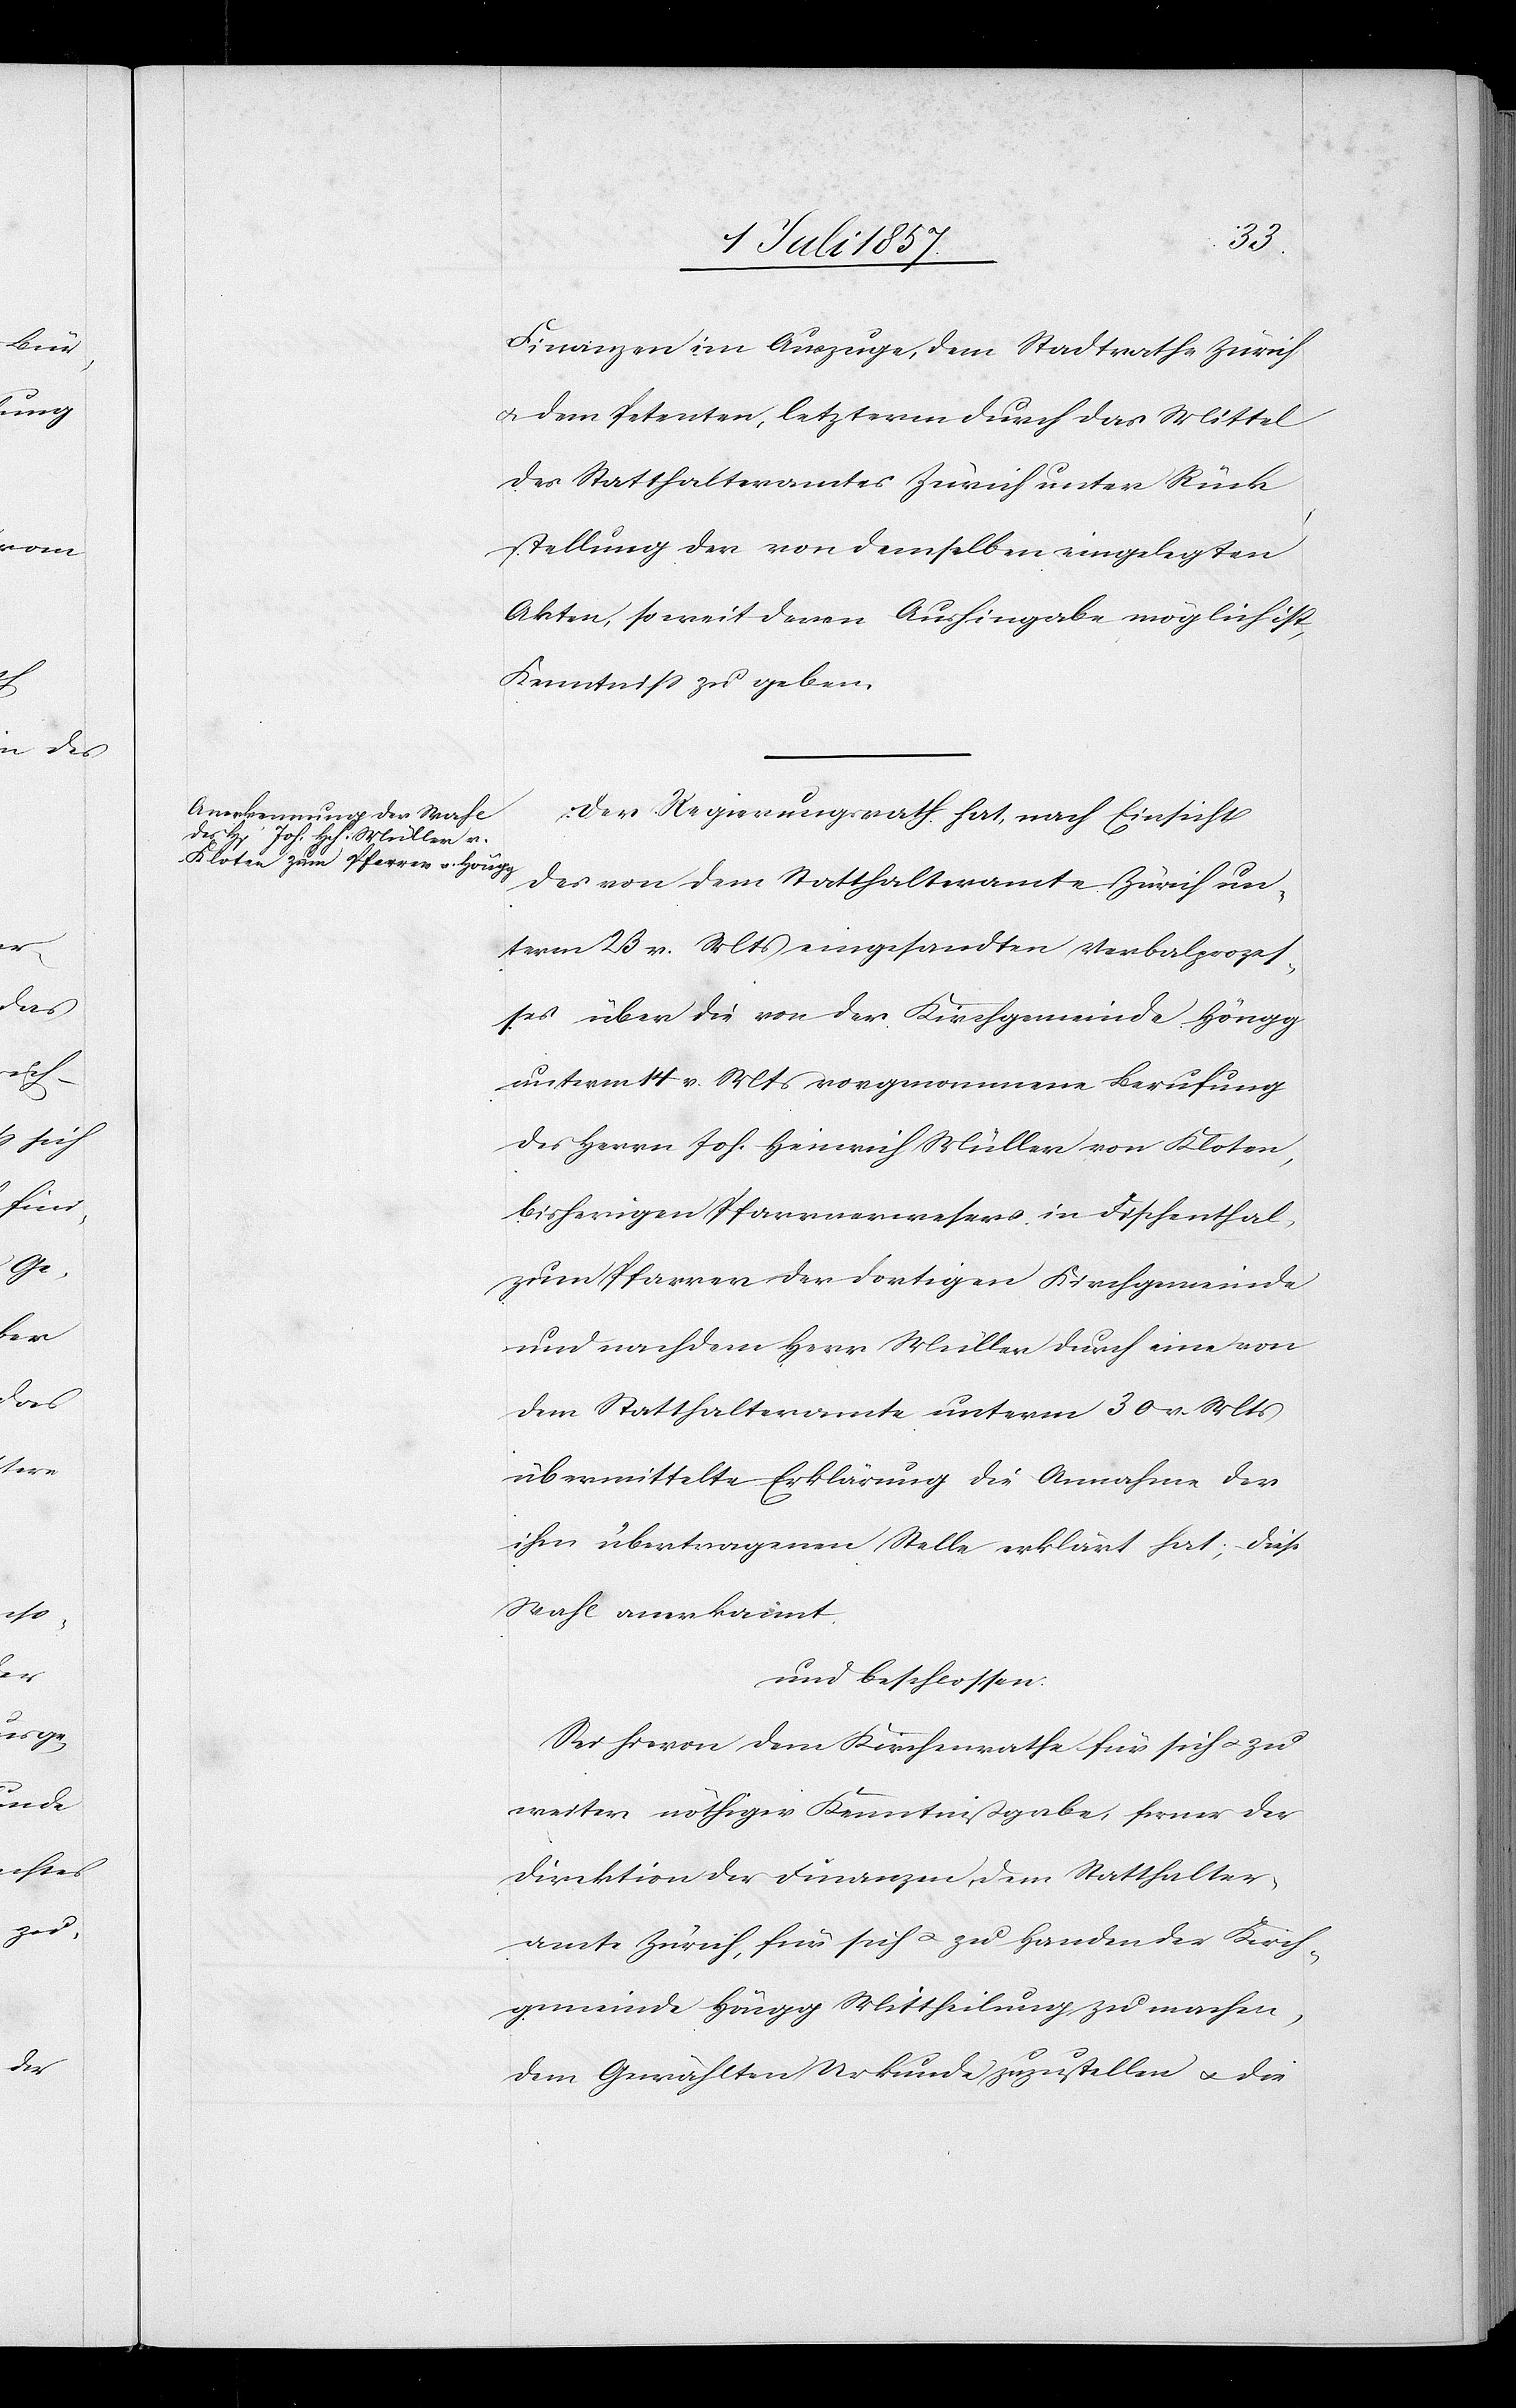
Finanzen im Auszuge, dem Stadtrathe Zürich
& dem Petenten, letzterem durch das Mittel
des Statthalteramtes Zürich unter Rück¬
stellung der von demselben eingelegten
Akten, so weit deren Aushingabe möglich ist,
Kenntniß zu geben.
Der Regierungsrath hat, nach Einsicht
des von dem Statthalteramte Zürich un¬
term 23 v. Mts. eingesandten Verbalprozes¬
ses über die von der Kirchgemeinde Höngg
unterm 14 v. Mts. vorgenommene Berufung
des Herrn Jos. Heinrich Müller von Kloten,
bisherigen Pfarrverweser in Fischenthal,
zum Pfarrer der dortigen Kirchgemeinde
und nachdem Herr Müller durch eine von
dem Statthalteramte unterm 30 v. Mts.
übermittelte Erklärung die Annahme der
ihm übertragenen Stelle erklärt hat; diese
Strafe anerkannt.
und beschlossen:
Sei hievon dem Kirchenrathe für sich & zu
weiter nöthiger Kenntnißgabe, ferner der
Direktion der Finanzen, dem Statthalter¬
amte Zürich, für sich & zu Handen der Kirch¬
gemeinde Höngg Mittheilung zu machen,
dem Gewählten Urkunde zuzustellen & die